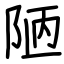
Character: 陋